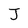
Character: J